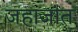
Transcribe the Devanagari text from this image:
जहाजांत